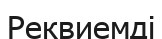
Реквиемді